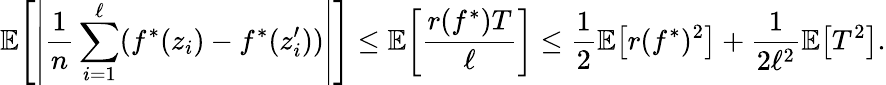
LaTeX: \mathbb{E}\! \left[\left\lvert\frac 1n\sum_{i=1}^{\ell}(f^{*}(z_{i})-f^{*}(z_{i}^{\prime}))\right\rvert\right]\le\mathbb{E}\! \left[\frac{r(f^{*})T}\ell\right]\le\frac 12\mathbb{E}\! \left[r(f^{*})^{2}\right]+\frac 1{2\ell^{2}}\mathbb{E}\! \left[T^{2}\right].